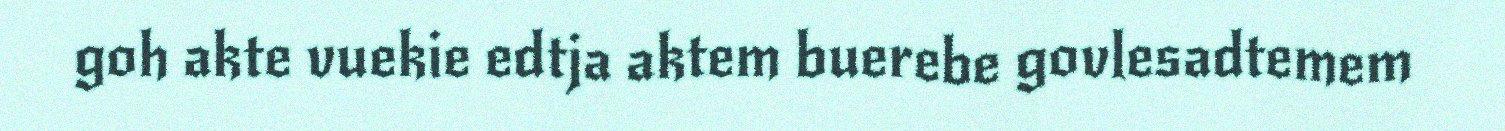
goh akte vuekie edtja aktem buerebe govlesadtemem